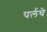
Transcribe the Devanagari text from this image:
पर्लचे